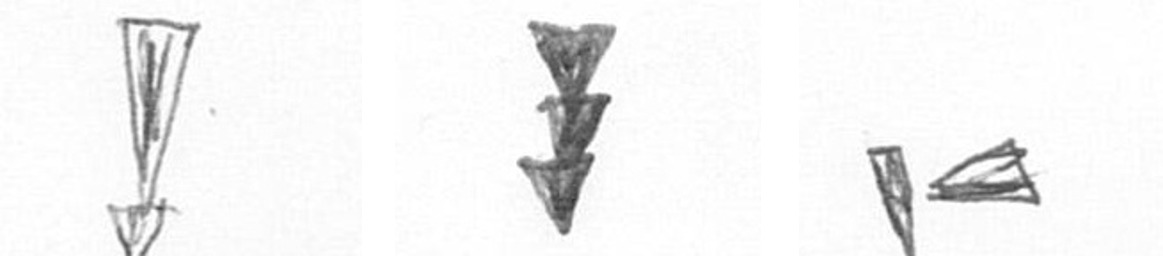
Z E F